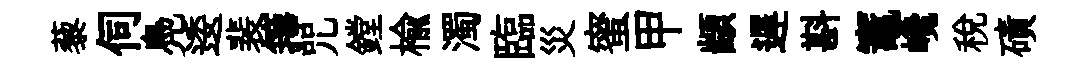
藜伺鳧逶裴籜咒鏜楡濁臨災蜜甲顓遅斟竈巉税磧